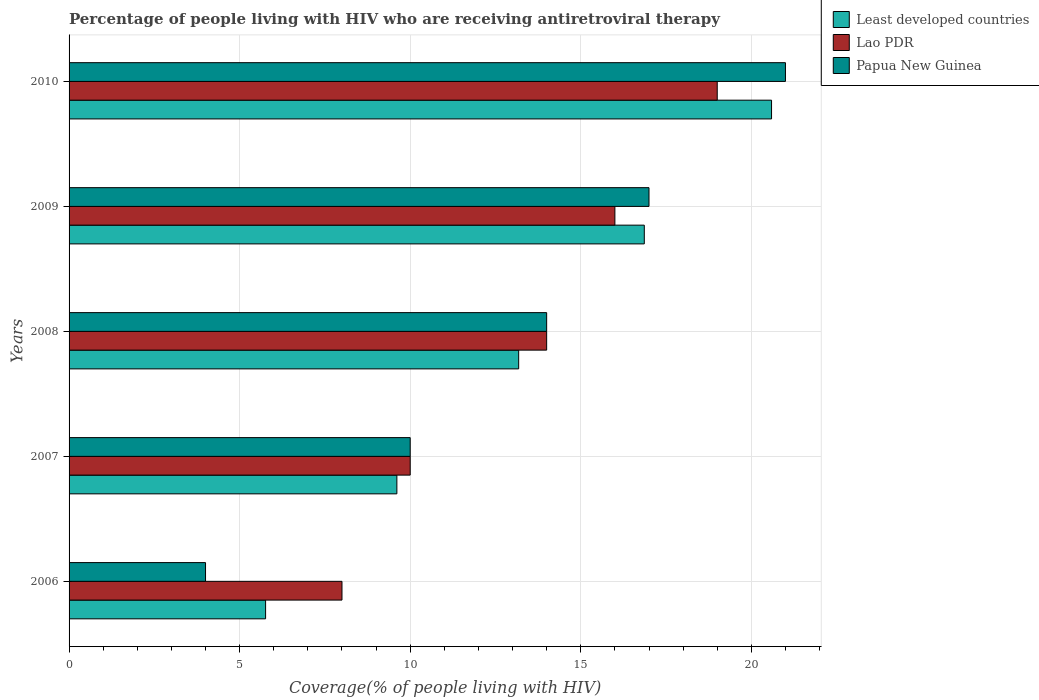
| Years | Least developed countries | Lao PDR | Papua New Guinea |
 | --- | --- | --- | --- |
 | 2006 | 5.76 | 8 | 4 |
 | 2007 | 9.61 | 10 | 10 |
 | 2008 | 13.2 | 14 | 14 |
 | 2009 | 16.9 | 16 | 17 |
 | 2010 | 20.6 | 19 | 21 |